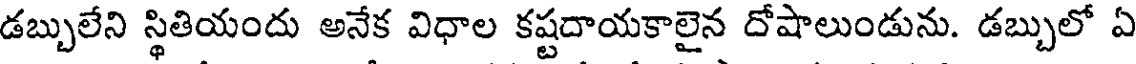
డబ్బులేని స్థితియందు అనేక విధాల కష్టదాయకాలైన దోషాలుండును. డబ్బులో ఏ